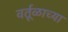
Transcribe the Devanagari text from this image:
वर्तूळाच्या